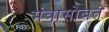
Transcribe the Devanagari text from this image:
मंत्रासोबत